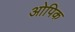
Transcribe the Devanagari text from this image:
ओपिक